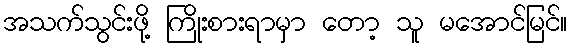
အသက်သွင်းဖို့ ကြိုးစားရာမှာ တော့ သူ မအောင်မြင်။